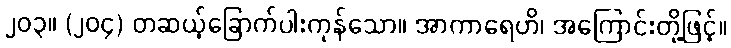
၂၀၃။ (၂၀၄) တဆယ့်ခြောက်ပါးကုန်သော။ အာကာရေဟိ၊ အကြောင်းတို့ဖြင့်။